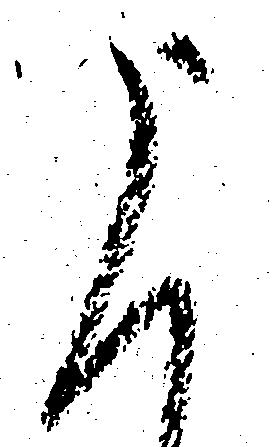
申